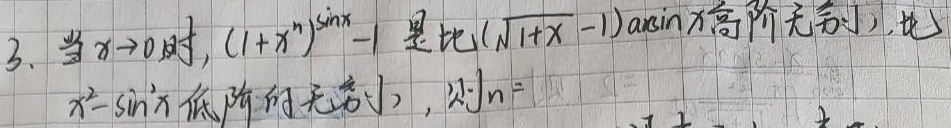
3. 当\(x \to 0\)时，\((1 + x^{n})^{\sin x}-1\) 是比\((\sqrt{1 + x}-1)\arcsin x\)高阶无穷小，比\(x^{2} - \sin^{2}x\)低阶的无穷小，则\(n =\)